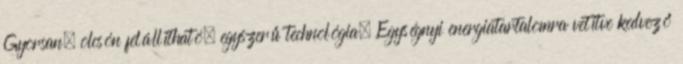
Gyorsan, olcsón felállítható, egyszerű technológia. Egységnyi energiatartalomra vetítve kedvező